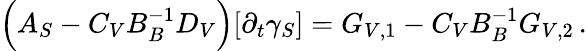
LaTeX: \Big(A_{S}-C_{V}B_{B}^{-1}D_{V}\Big)[\partial_{t}\gamma_{S}]=G_{V,1}-C_{V}B_{B}^{-1}G_{V,2}\, .